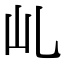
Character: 乢